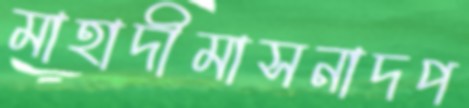
মাহাদীমাসনাদপ